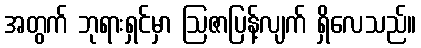
အတွက် ဘုရားရှင်မှာ ဩဇာပြန့်လျက် ရှိလေသည်။